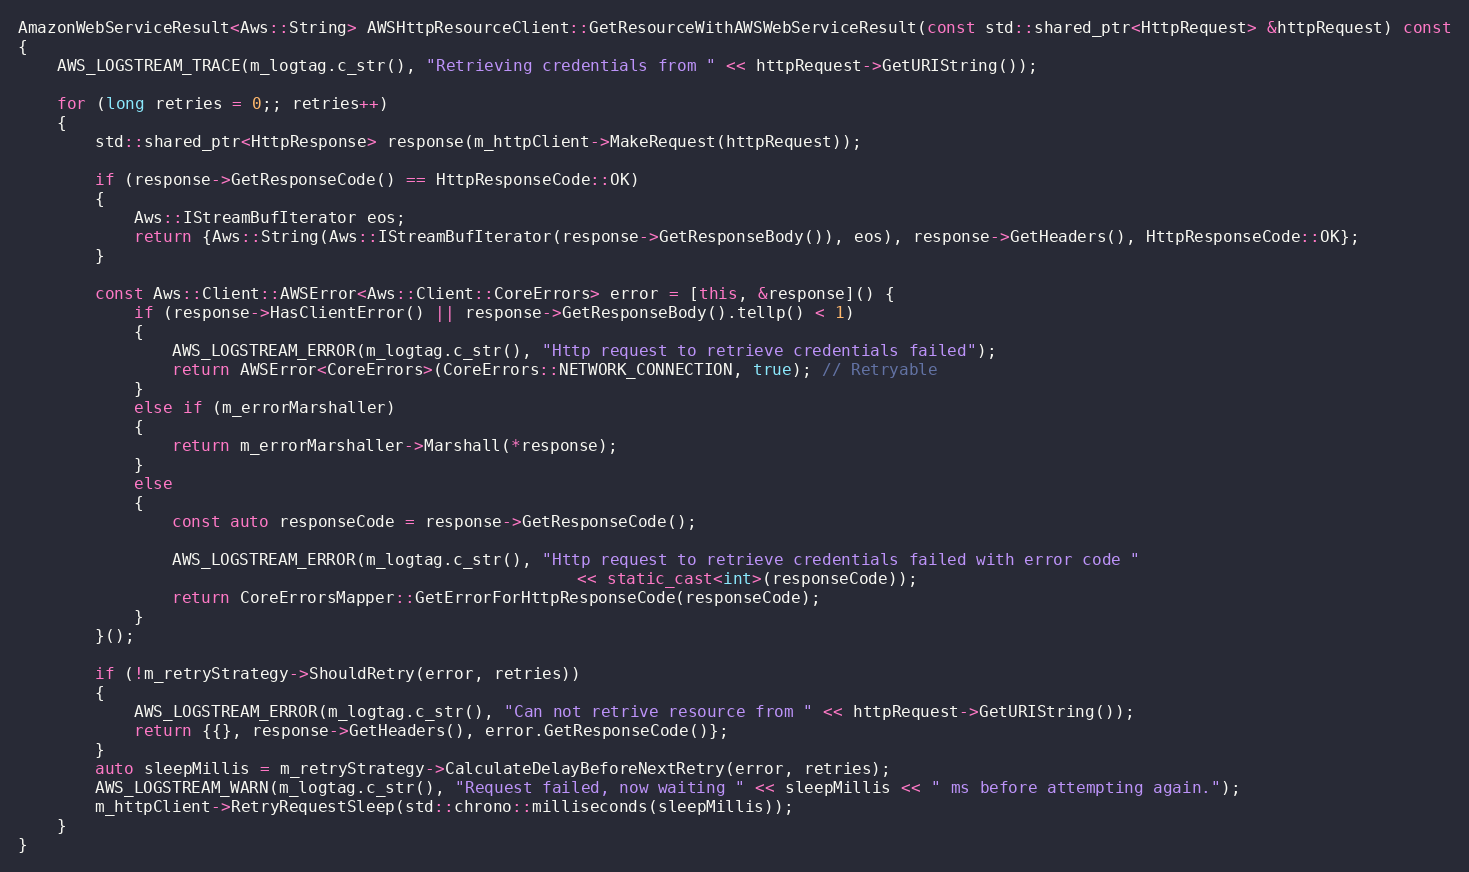
Language: C++
AmazonWebServiceResult<Aws::String> AWSHttpResourceClient::GetResourceWithAWSWebServiceResult(const std::shared_ptr<HttpRequest> &httpRequest) const
{
    AWS_LOGSTREAM_TRACE(m_logtag.c_str(), "Retrieving credentials from " << httpRequest->GetURIString());

    for (long retries = 0;; retries++)
    {
        std::shared_ptr<HttpResponse> response(m_httpClient->MakeRequest(httpRequest));

        if (response->GetResponseCode() == HttpResponseCode::OK)
        {
            Aws::IStreamBufIterator eos;
            return {Aws::String(Aws::IStreamBufIterator(response->GetResponseBody()), eos), response->GetHeaders(), HttpResponseCode::OK};
        }

        const Aws::Client::AWSError<Aws::Client::CoreErrors> error = [this, &response]() {
            if (response->HasClientError() || response->GetResponseBody().tellp() < 1)
            {
                AWS_LOGSTREAM_ERROR(m_logtag.c_str(), "Http request to retrieve credentials failed");
                return AWSError<CoreErrors>(CoreErrors::NETWORK_CONNECTION, true); // Retryable
            }
            else if (m_errorMarshaller)
            {
                return m_errorMarshaller->Marshall(*response);
            }
            else
            {
                const auto responseCode = response->GetResponseCode();

                AWS_LOGSTREAM_ERROR(m_logtag.c_str(), "Http request to retrieve credentials failed with error code "
                                                          << static_cast<int>(responseCode));
                return CoreErrorsMapper::GetErrorForHttpResponseCode(responseCode);
            }
        }();

        if (!m_retryStrategy->ShouldRetry(error, retries))
        {
            AWS_LOGSTREAM_ERROR(m_logtag.c_str(), "Can not retrive resource from " << httpRequest->GetURIString());
            return {{}, response->GetHeaders(), error.GetResponseCode()};
        }
        auto sleepMillis = m_retryStrategy->CalculateDelayBeforeNextRetry(error, retries);
        AWS_LOGSTREAM_WARN(m_logtag.c_str(), "Request failed, now waiting " << sleepMillis << " ms before attempting again.");
        m_httpClient->RetryRequestSleep(std::chrono::milliseconds(sleepMillis));
    }
}